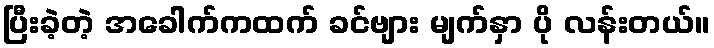
ပြီးခဲ့တဲ့ အခေါက်ကထက် ခင်ဗျား မျက်နှာ ပို လန်းတယ်။